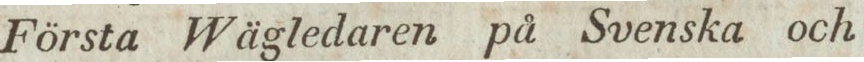
Första Wägledaren på Svenska och